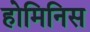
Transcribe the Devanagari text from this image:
होमिनिस